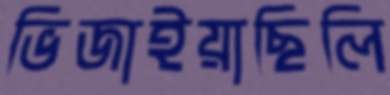
ভিজাইয়াছিলি